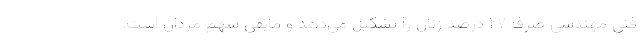
فنی مهندسی صرفا ۲۷ درصد زنان را تشکیل می‌دهد و مابقی سهم مردان است.